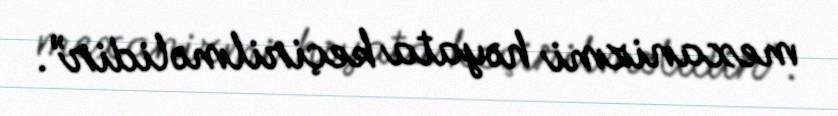
mexanizmi həyata keçirilməlidir”.